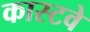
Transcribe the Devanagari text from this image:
कास्टवे